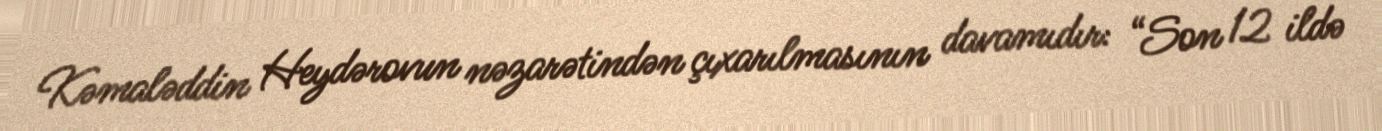
Kəmaləddin Heydərovun nəzarətindən çıxarılmasının davamıdır: “Son 12 ildə